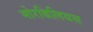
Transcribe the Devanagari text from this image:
मोरबिलियस